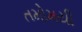
તમોમયી